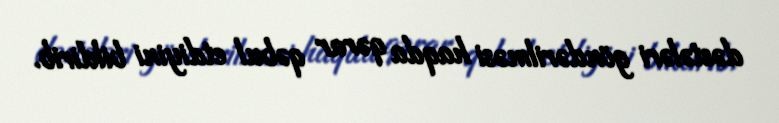
dəstələri göndərilməsi haqda qərar qəbul etdiyini bildirib.